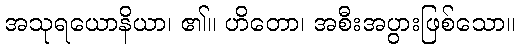
အသုရယောနိယာ၊ ၏။ ဟိတော၊ အစီးအပွားဖြစ်သော။